Indian journal of veterinary science and animal husbandry - Volume 3,
Year: 1933
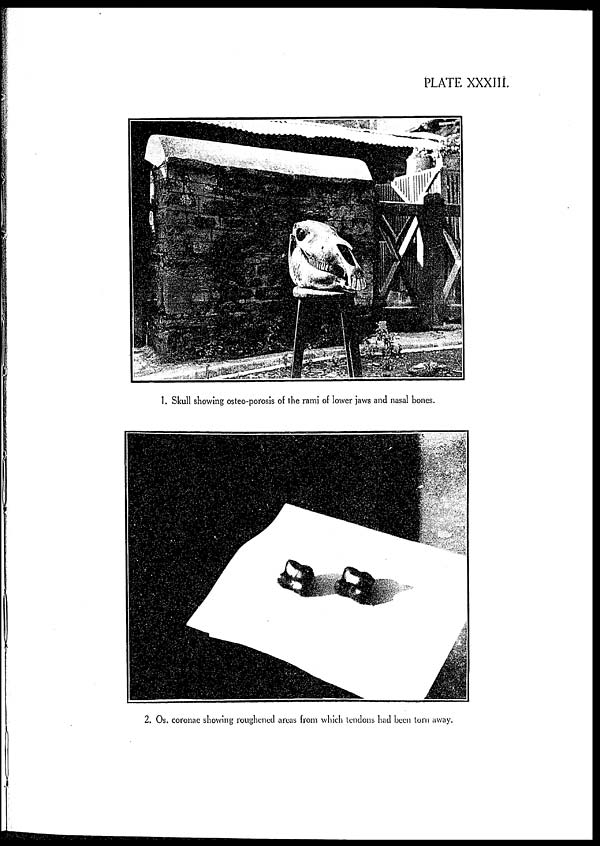
PLATE XXXIII.
1. Skull showing osteo-porosis of the rami of lower jaws and nasal bones.
2. Os. coronac showing roughened areas from which tendons had been lorn away.